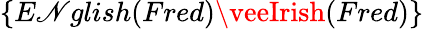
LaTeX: \{ E\mathscr{N}glish(Fred)\veeIrish(Fred)\}